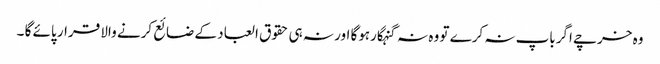
وہ خرچے اگرباپ نہ کرے تو وہ نہ گنہگارہوگا اور نہ ہی حقوق العباد کے ضائع کرنے والا قرار پائے گا ۔